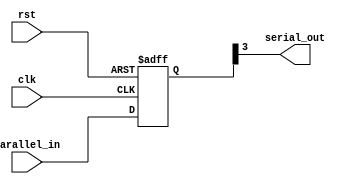
`timescale 1ns / 1ps
//////////////////////////////////////////////////////////////////////////////////
// Company: 
// Engineer: 
// 
// Design Name: 
// Module Name: PISO_Design
// Project Name: 
// Target Devices: 
// Tool Versions: 
// Description: 
// 
// Dependencies: 
// 
// Revision:
// Revision 0.01 - File Created
// Additional Comments:
// 
//////////////////////////////////////////////////////////////////////////////////


module PISO_Design(
     input wire clk,       
     input wire rst,       
     input wire [3:0] parallel_in, 
     output wire serial_out  
);

  reg [3:0] shift_reg;   

  always @(posedge clk or posedge rst) begin
    if (rst) begin
      shift_reg <= 4'b0000;  // Reset the shift register to all zeros
    end else begin
      // Shift the data in parallel_in into the shift register
      shift_reg <= {shift_reg[2:0], parallel_in};
    end
  end

  assign serial_out = shift_reg[3];  // Output the MSB as serial data

endmodule